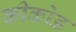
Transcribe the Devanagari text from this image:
कीकोड